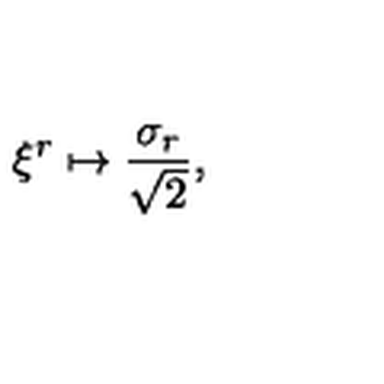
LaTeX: \xi ^ { r } \mapsto \frac { \sigma _ { r } } { \sqrt { 2 } } ,